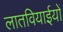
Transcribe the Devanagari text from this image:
लातवियाईयों